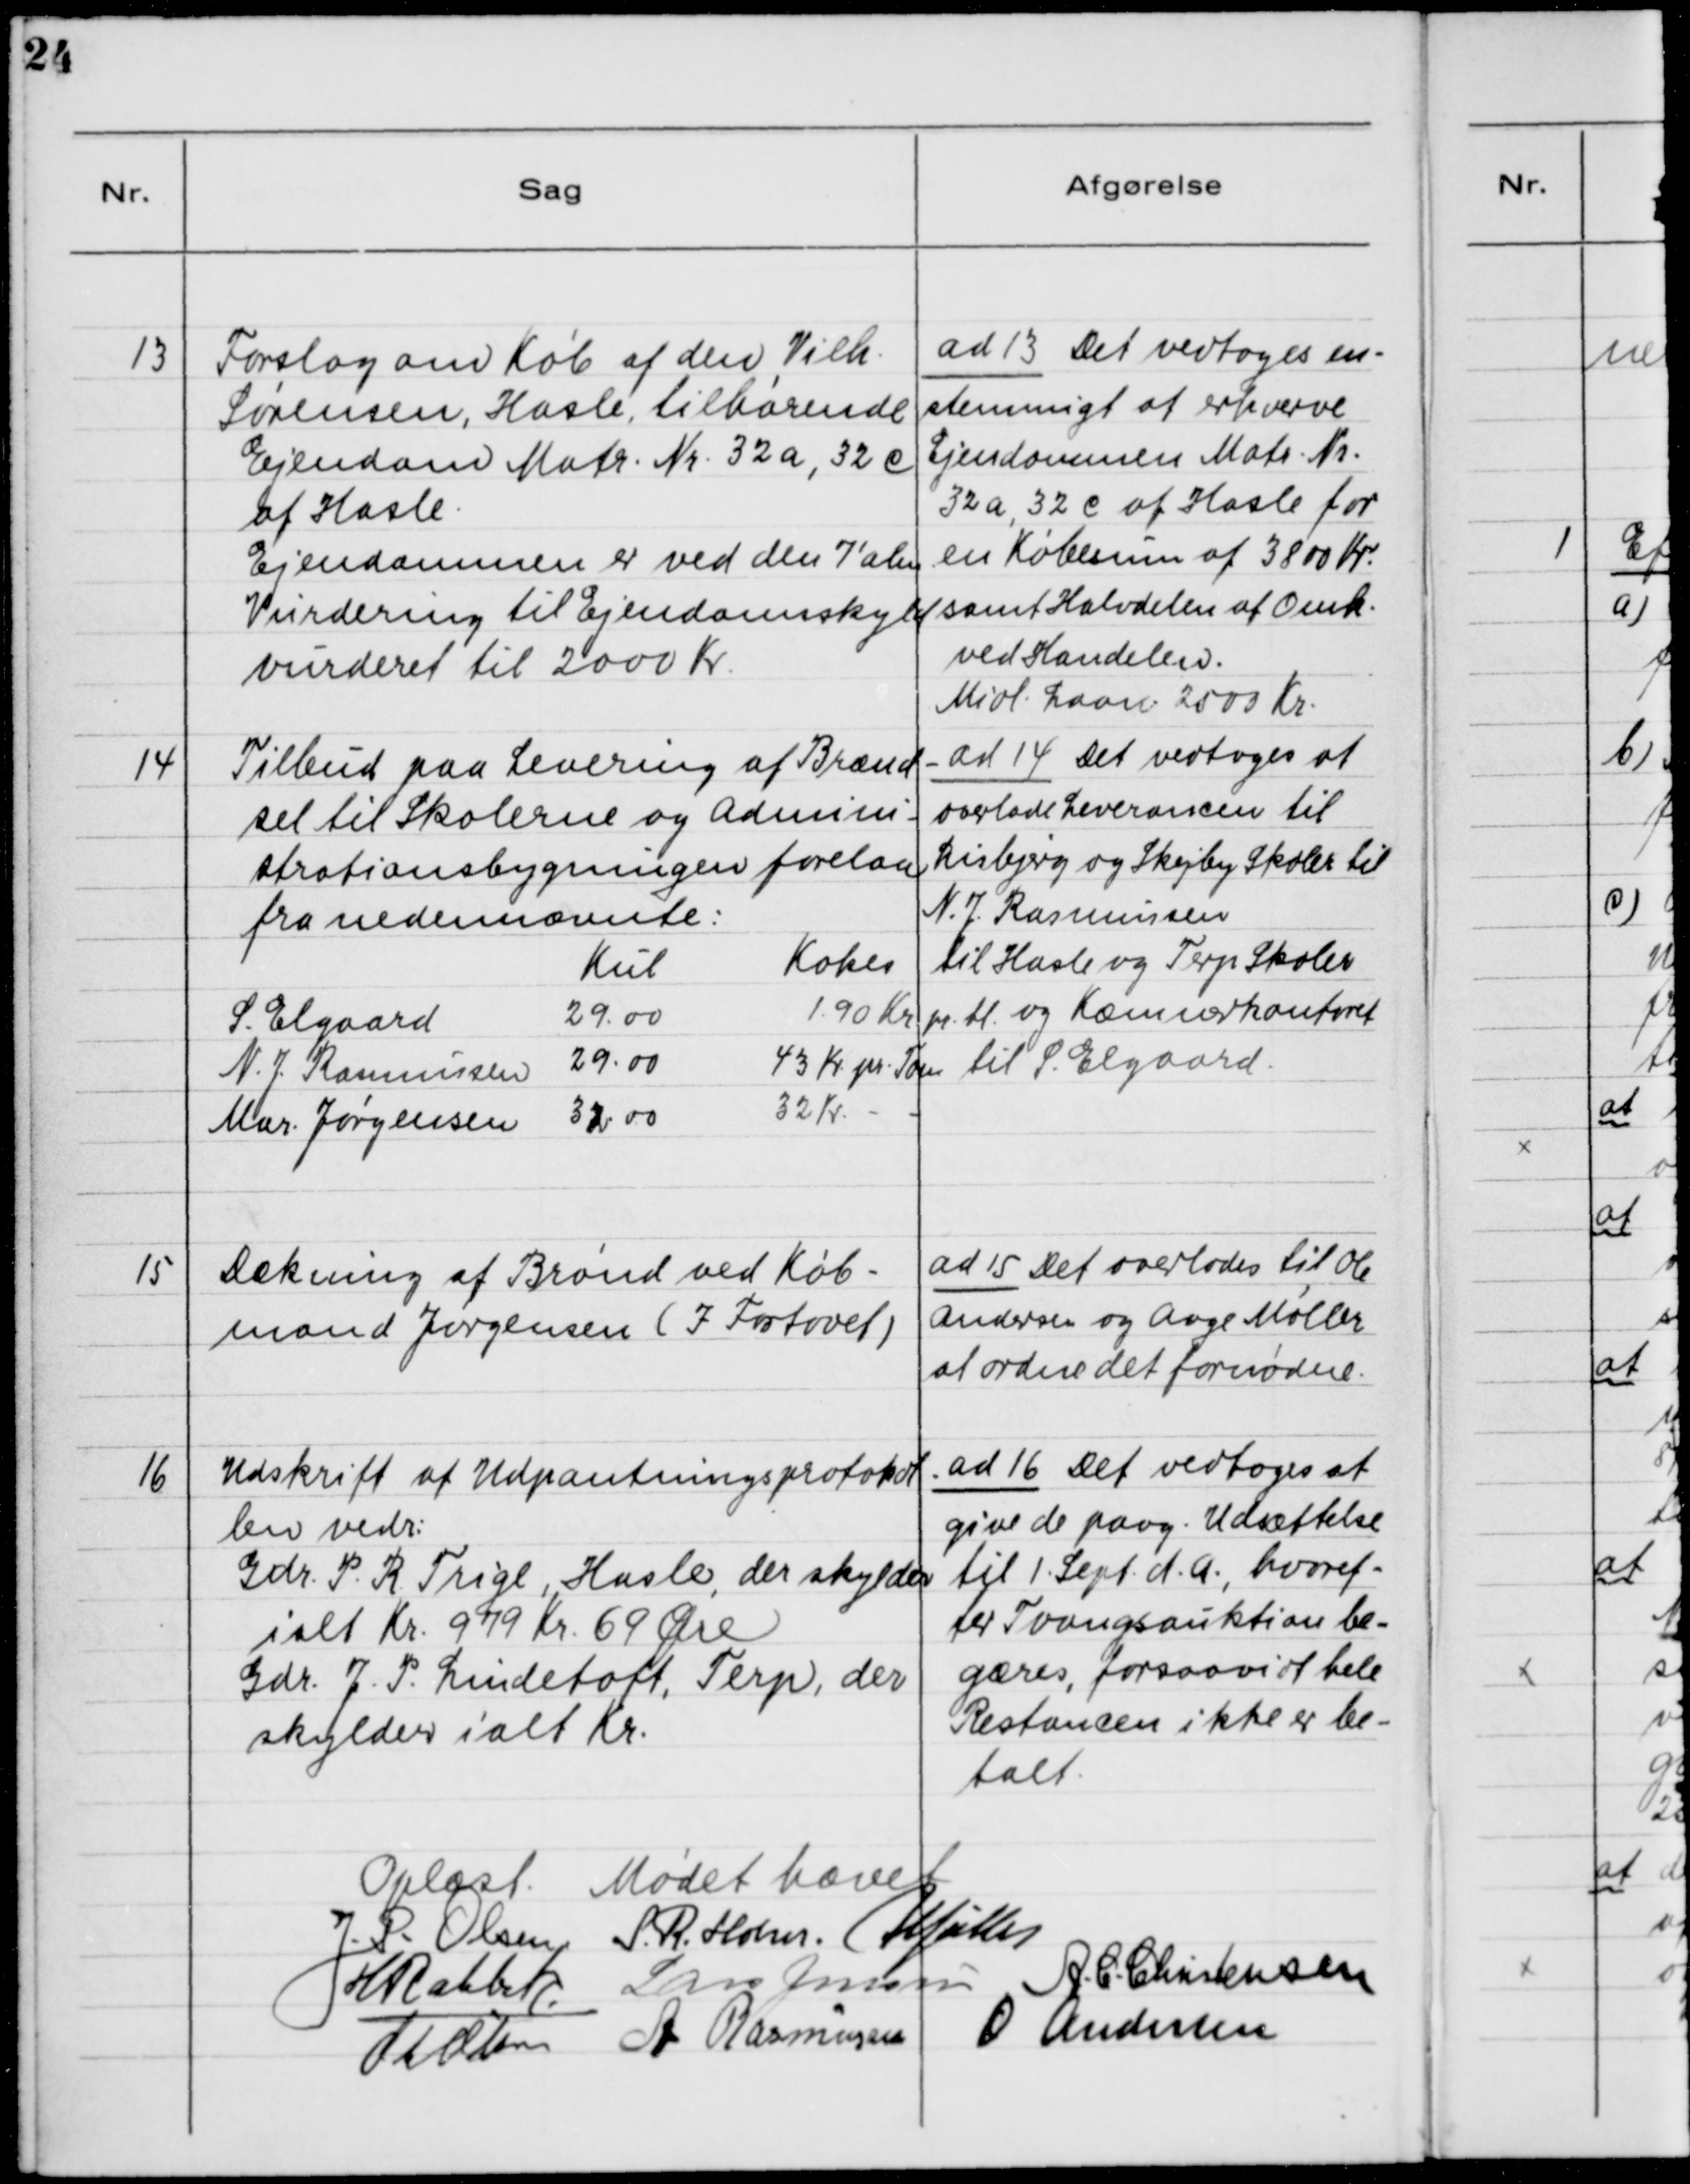
Transskription:
13

Forslag om Køb af den Vilh.
Sørensen, Hasle, tilhørende
Ejendom Matr. Nr. 32 a, 32 c
af Hasle.
Ejendommen er ved den 7' alm.
Vurdering til Ejendomsskyld
vurderet til 2000 Kr.

ad 13. Det vedtoges en-
stemmigt at erhverve
Ejendommen Matr. Nr.
32a, 32e af Hasle for
en Købesum af 3800 Kr.
samt Halvdelen af Omk.
ved Handelen.
Midl. Laan 2503 Kr.

14

Tilbud paa Levering af Brænd-
sel til Skolerne og Admini-
strationsbygningen forelaa
fra nedennævnte:

ad 14. Det vedtoges at
overlade Leverancen til
Lisbjerg og Skejby Skoler til
N. J. Rasmussen.
Til Hasle og Terp Skoler
og Kæmnerkontoret
til S. Elgaard.

15

Dækning af Brønd ved Køb-
mand Jørgensen (I Fortovet)

ad 15. Det overlades til Ole
Andersen og Aage Møller
at ordne det fornødne.

16

Udskrift af Udpantningsprotokol-
len vedr.:
Gdr. P. R. Trige, Hasle, der skylder
ialt Kr. 979 Kr. 69 Øre
Gdr. J. P. Lundtoft, Terp, der
skylder ialt Kr.

ad 16. Det vedtoges at
give de paag. Udsættelse
til 1. Sept. d.A., hvoref-
ter Tvangsauktion be-
gæres, forsaavidt hele
Restancen ikke er be-
talt.

Oplæst. Mødet hævet.